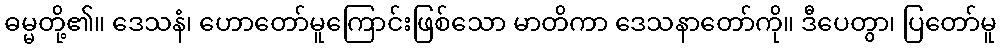
ဓမ္မတို့၏။ ဒေသနံ၊ ဟောတော်မူကြောင်းဖြစ်သော မာတိကာ ဒေသနာတော်ကို။ ဒီပေတွာ၊ ပြတော်မူ